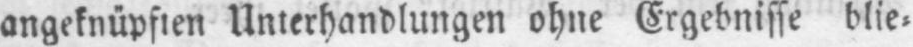
angeknüpften Unterhandlungen ohne Ergebnisse blie⸗